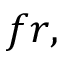
f r ,